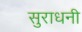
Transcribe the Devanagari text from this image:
सुराधनी